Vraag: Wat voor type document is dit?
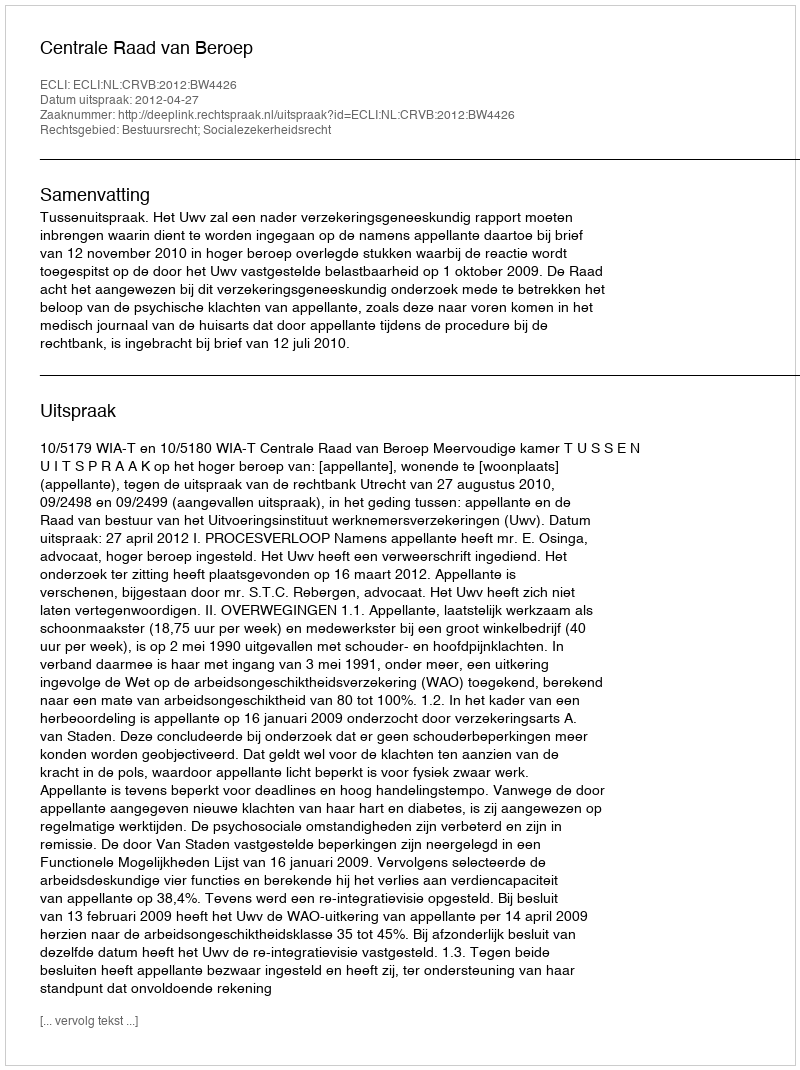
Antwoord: Uitspraak